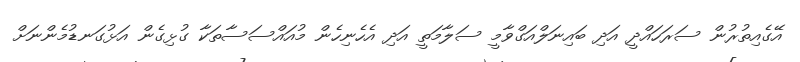
އޭގެއިތުރުން ސަރަހައްދީ އަދި ބައިނަލްއަގްވާމީ ސަލާމަތީ އަދި އެހެނިހެން މުއައްސަސާތަކާ ގުޅިގެން އަޅުގަނޑުމެންނަށް